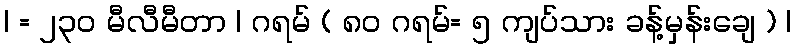
| = ၂၃၀ မီလီမီတာ | ဂရမ် ( ၈၀ ဂရမ်= ၅ ကျပ်သား ခန့်မှန်းချေ ) |